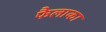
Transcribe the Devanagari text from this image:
फैलाका